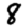
Digit: 8